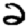
Digit: 2